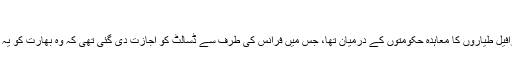
)
پھر یہ بات بھی اہم ہے کہ رافیل طیاروں کا معاہدہ حکومتوں کے درمیان تھا، جس میں فرانس کی طرف سے ڈسالٹ کو اجازت دی گئی تھی کہ وہ بھارت کو یہ لڑاکا طیارے فروخت کرے۔